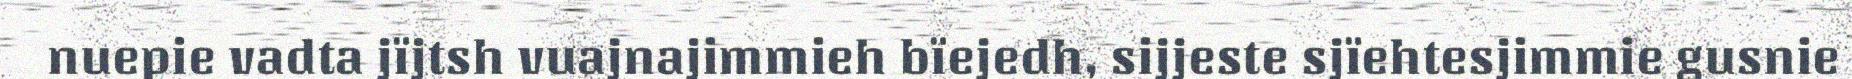
nuepie vadta jïjtsh vuajnajimmieh bïejedh, sijjeste sjïehtesjimmie gusnie